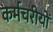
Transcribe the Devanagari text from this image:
कर्मचरीयों